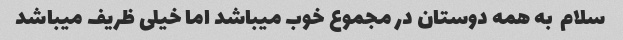
سلام  به همه دوستان در مجموع خوب میباشد اما خیلی ظریف میباشد